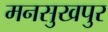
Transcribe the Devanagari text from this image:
मनसुखपुर